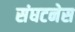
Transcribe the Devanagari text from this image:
संघटनेस